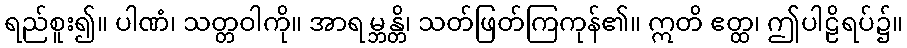
ရည်စူး၍။ ပါဏံ၊ သတ္တဝါကို။ အာရမ္ဘန္တိ၊ သတ်ဖြတ်ကြကုန်၏။ ဣတိ ဧတ္ထ၊ ဤပါဠိရပ်၌။